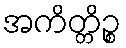
အကိတ္တိဉ္စ